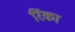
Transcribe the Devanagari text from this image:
रिंका